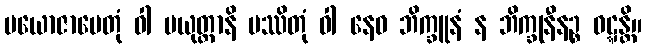
ပယောဇာပေတုံ ဝါ ပယုတ္တာနိ ပဿိတုံ ဝါ နေဝ ဘိက္ခူနံ န ဘိက္ခုနီနဉ္စ ဝဋ္ဋန္တိ။